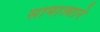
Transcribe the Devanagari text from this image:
सामाज्याने